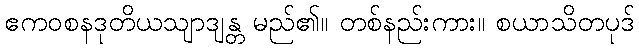
ဧကဝစနဒုတိယသျာဒျန္တ မည်၏။ တစ်နည်းကား။ စယာသိတပုဒ်